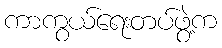
ကာကွယ်ရေးတပ်ဖွဲ့က